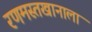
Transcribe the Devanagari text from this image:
रणमस्तखानाला